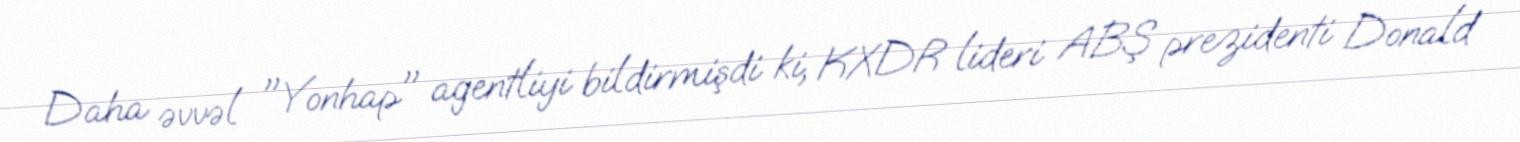
Daha əvvəl "Yonhap" agentliyi bildirmişdi ki, KXDR lideri ABŞ prezidenti Donald